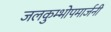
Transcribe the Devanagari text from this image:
जलकुम्भोपमार्जनी